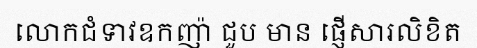
លោកជំទាវឧកញ៉ា ជួប មាន ផ្ញើសារលិខិត